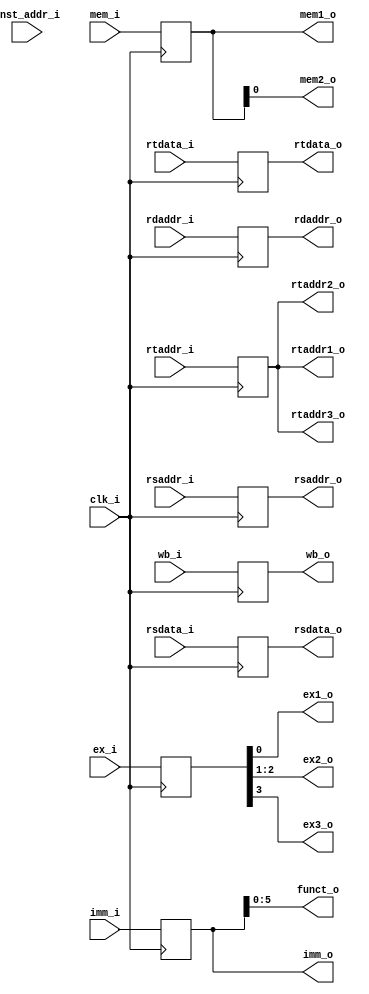
module ID_EX
(
	clk_i,
	wb_i,
	mem_i,
	ex_i,
	inst_addr_i,
	rsdata_i,
	rtdata_i,
	imm_i,
	rsaddr_i,
	rtaddr_i,
	rdaddr_i,
	wb_o,
	mem1_o,
	mem2_o,
	ex1_o,
	ex2_o,
	ex3_o,
	rsdata_o,
	rtdata_o,
	imm_o,
	funct_o,
	rsaddr_o,
	rtaddr1_o,
	rtaddr2_o,
	rtaddr3_o,
	rdaddr_o
);

input 			clk_i;
input	[1:0]	wb_i;
input	[1:0]	mem_i;
input	[3:0]	ex_i;
input	[31:0]	inst_addr_i, rsdata_i, rtdata_i, imm_i;
input	[4:0]	rsaddr_i, rtaddr_i, rdaddr_i;
output	[1:0]	wb_o;
output	[1:0]	mem1_o;
output  		mem2_o;
output			ex1_o, ex3_o;
output	[1:0]	ex2_o;
output	[31:0]	rsdata_o, rtdata_o, imm_o;
output	[5:0]	funct_o;
output	[4:0]	rsaddr_o, rtaddr1_o, rtaddr2_o, rtaddr3_o, rdaddr_o;

reg 	[1:0]	wb;
reg 	[1:0]	mem;
reg 	[3:0]	ex;
reg 	[31:0] 	inst_addr, rsdata, rtdata, imm;
reg 	[4:0]	rsaddr, rtaddr, rdaddr;

assign wb_o = wb;
assign mem1_o = mem;
assign mem2_o = mem[0];
assign ex1_o = ex[0];
assign ex2_o = ex[2:1];
assign ex3_o = ex[3];	
assign rsdata_o = rsdata;
assign rtdata_o = rtdata;
assign imm_o = imm;
assign funct_o = imm[5:0];
assign rsaddr_o = rsaddr;
assign rtaddr1_o = rtaddr;
assign rtaddr2_o = rtaddr;
assign rtaddr3_o = rtaddr;
assign rdaddr_o = rdaddr;


always@(negedge clk_i) begin
        wb <= wb_i;
		mem <= mem_i;
		ex <= ex_i;
		inst_addr <= inst_addr_i;
		rsdata <= rsdata_i;
		rtdata <= rtdata_i;
		imm <= imm_i;
		rsaddr <= rsaddr_i;
		rtaddr <= rtaddr_i;
		rdaddr <= rdaddr_i;
end

endmodule